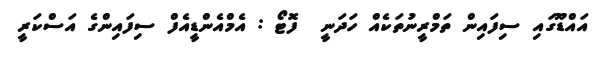
އައްޑޫގައި ސިފައިން ތަމްރީނުތަކެއް ހަދަނީ  ފޮޓޯ : އެމްއެންޑީއެފް ސިފައިންގެ އަސްކަރީ